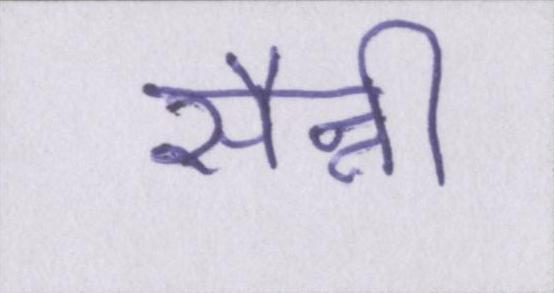
सैन्नी